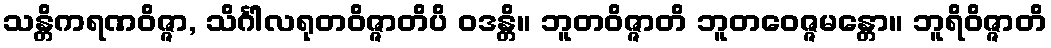
သန္တိကရဏဝိဇ္ဇာ, သိင်္ဂါလရုတဝိဇ္ဇာတိပိ ဝဒန္တိ။ ဘူတဝိဇ္ဇာတိ ဘူတဝေဇ္ဇမန္တော။ ဘူရိဝိဇ္ဇာတိ